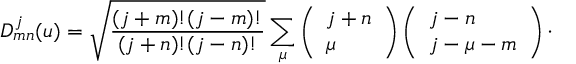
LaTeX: D _ { m n } ^ { j } ( u ) = \sqrt { \frac { ( j + m ) ! ( j - m ) ! } { ( j + n ) ! ( j - n ) ! } } \sum _ { \mu } \left( \begin{array} { l } { { j + n } } \\ { { \mu } } \end{array} \right) \left( \begin{array} { l } { { j - n } } \\ { { j - \mu - m } } \end{array} \right) \cdot